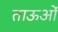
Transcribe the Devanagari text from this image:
ताऊओं